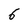
Character: 6